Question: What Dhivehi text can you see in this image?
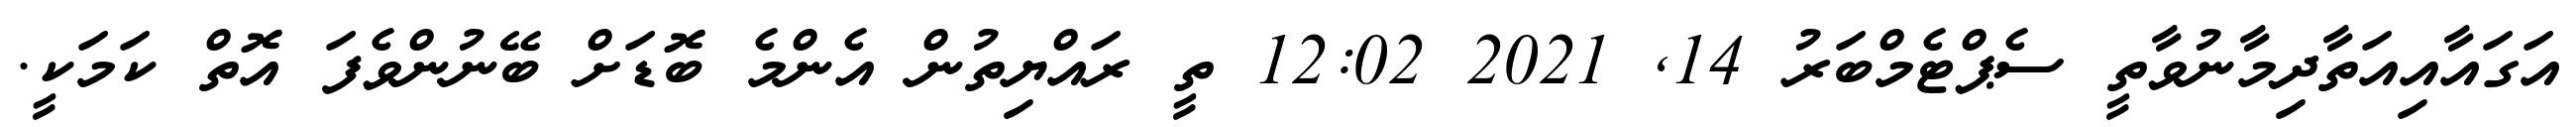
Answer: އަގައާއިއަތާދިމާނުވާތީ ސެޕްޓެމްބަރު 14, 2021 12:02 ތީ ރައްޔިތުން އެންމެ ބޮޑަށް ބޭނުންވެފަ އޮތް ކަމަކީ.